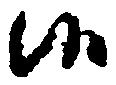
候